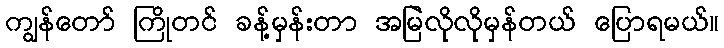
ကျွန်တော် ကြိုတင် ခန့်မှန်းတာ အမြဲလိုလိုမှန်တယ် ပြောရမယ်။